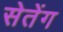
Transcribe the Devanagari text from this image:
सेतेंग